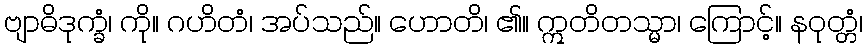
ဗျာဓိဒုက္ခံ၊ ကို။ ဂဟိတံ၊ အပ်သည်။ ဟောတိ၊ ၏။ ဣတိတသ္မာ၊ ကြောင့်။ နဝုတ္တံ၊